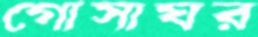
গোসাঘর